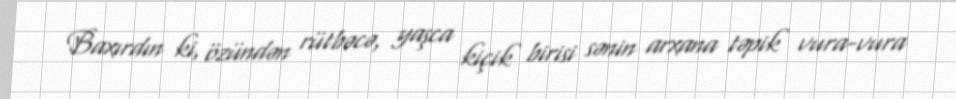
Baxırdın ki, özündən rütbəcə, yaşca kiçik birisi sənin arxana təpik vura-vura